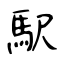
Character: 駅